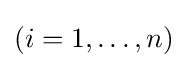
(i=1,\ldots ,n)